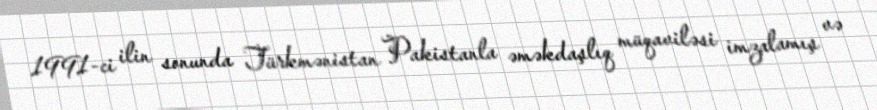
1991-ci ilin sonunda Türkmənistan Pakistanla əməkdaşlıq müqaviləsi imzalamış və